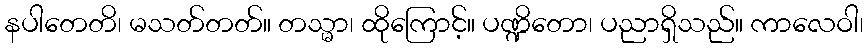
နပါတေတိ၊ မသတ်တတ်။ တသ္မာ၊ ထိုကြောင့်။ ပဏ္ဍိတော၊ ပညာရှိသည်။ ကာလေဝါ၊